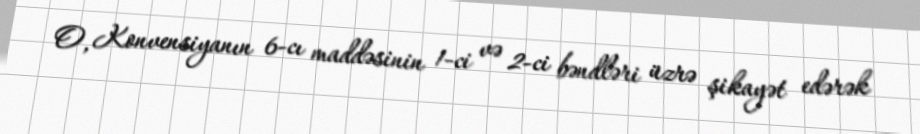
O, Konvensiyanın 6-cı maddəsinin 1-ci və 2-ci bəndləri üzrə şikayət edərək